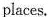
places.